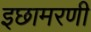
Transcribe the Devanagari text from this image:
इछामरणी